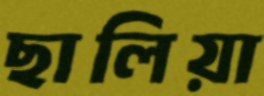
ছালিয়া